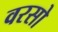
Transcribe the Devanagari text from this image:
वरसो